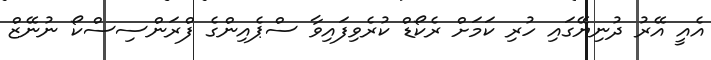
އެއީ އޭރު ދުނިޔޭގައި ހުރި ކަމަށް ރެކޯޑް ކުރެވިފައިވާ ސްޕެއިންގެ ފްރަންސިސްކޯ ނުނޭޒް